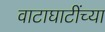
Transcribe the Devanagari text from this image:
वाटाघाटींच्या